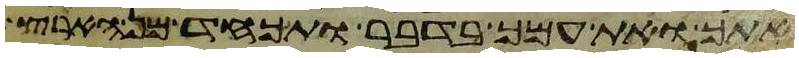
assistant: אתך ואת עמך בדבר ותכחד מן הארץ